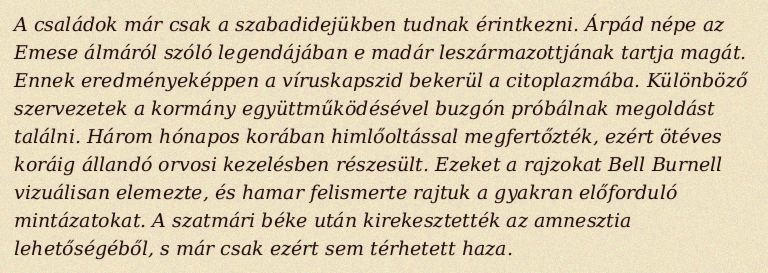
A családok már csak a szabadidejükben tudnak érintkezni. Árpád népe az Emese álmáról szóló legendájában e madár leszármazottjának tartja magát. Ennek eredményeképpen a víruskapszid bekerül a citoplazmába. Különböző szervezetek a kormány együttműködésével buzgón próbálnak megoldást találni. Három hónapos korában himlőoltással megfertőzték, ezért ötéves koráig állandó orvosi kezelésben részesült. Ezeket a rajzokat Bell Burnell vizuálisan elemezte, és hamar felismerte rajtuk a gyakran előforduló mintázatokat. A szatmári béke után kirekesztették az amnesztia lehetőségéből, s már csak ezért sem térhetett haza.